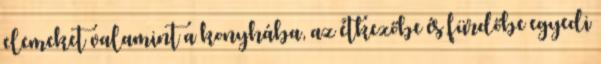
elemeket valamint a konyhába, az étkezőbe és fürdőbe egyedi